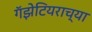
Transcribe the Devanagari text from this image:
गॅझेटियराच्या